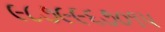
૯૮૭૯૯૬૭૦૧૫